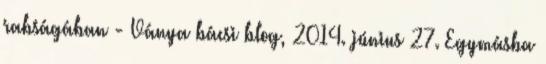
rabságában - Ványa bácsi blog, 2014. június 27. Egymásba